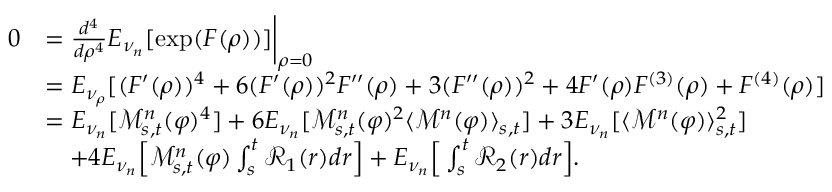
\begin{array} { r l } { 0 } & { = \frac { d ^ { 4 } } { d \rho ^ { 4 } } E _ { \nu _ { n } } [ \exp ( F ( \rho ) ) ] \bigg | _ { \rho = 0 } } \\ & { = E _ { \nu _ { \rho } } [ ( F ^ { \prime } ( \rho ) ) ^ { 4 } + 6 ( F ^ { \prime } ( \rho ) ) ^ { 2 } F ^ { \prime \prime } ( \rho ) + 3 ( F ^ { \prime \prime } ( \rho ) ) ^ { 2 } + 4 F ^ { \prime } ( \rho ) F ^ { ( 3 ) } ( \rho ) + F ^ { ( 4 ) } ( \rho ) ] } \\ & { = E _ { \nu _ { n } } [ \mathcal { M } _ { s , t } ^ { n } ( \varphi ) ^ { 4 } ] + 6 E _ { \nu _ { n } } [ \mathcal { M } _ { s , t } ^ { n } ( \varphi ) ^ { 2 } \langle \mathcal { M } ^ { n } ( \varphi ) \rangle _ { s , t } ] + 3 E _ { \nu _ { n } } [ \langle \mathcal { M } ^ { n } ( \varphi ) \rangle _ { s , t } ^ { 2 } ] } \\ & { \quad + 4 E _ { \nu _ { n } } \Big [ \mathcal { M } _ { s , t } ^ { n } ( \varphi ) \int _ { s } ^ { t } \mathcal { R } _ { 1 } ( r ) d r \Big ] + E _ { \nu _ { n } } \Big [ \int _ { s } ^ { t } \mathcal { R } _ { 2 } ( r ) d r \Big ] . } \end{array}